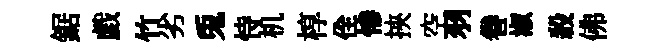
鋸戯竹劣兎恃机椁佺慘挾空羽巻淑殺佛